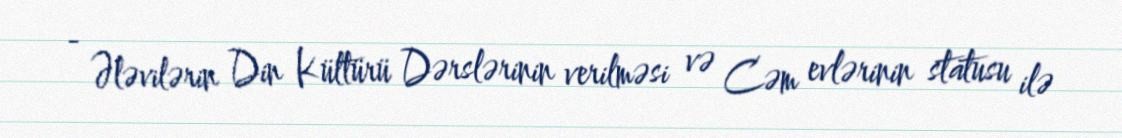
- Ələvilərin Din Kültürü Dərslərinin verilməsi və Cəm evlərinin statusu ilə